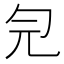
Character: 𠣑